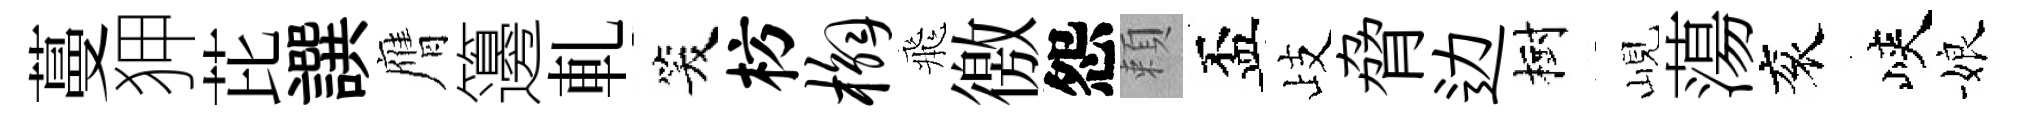
蔓狎芘譔膺籩軋笑枋槲飛徼怨頼盃歧脅边樹峴蕩衮峽娘